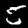
Digit: 5